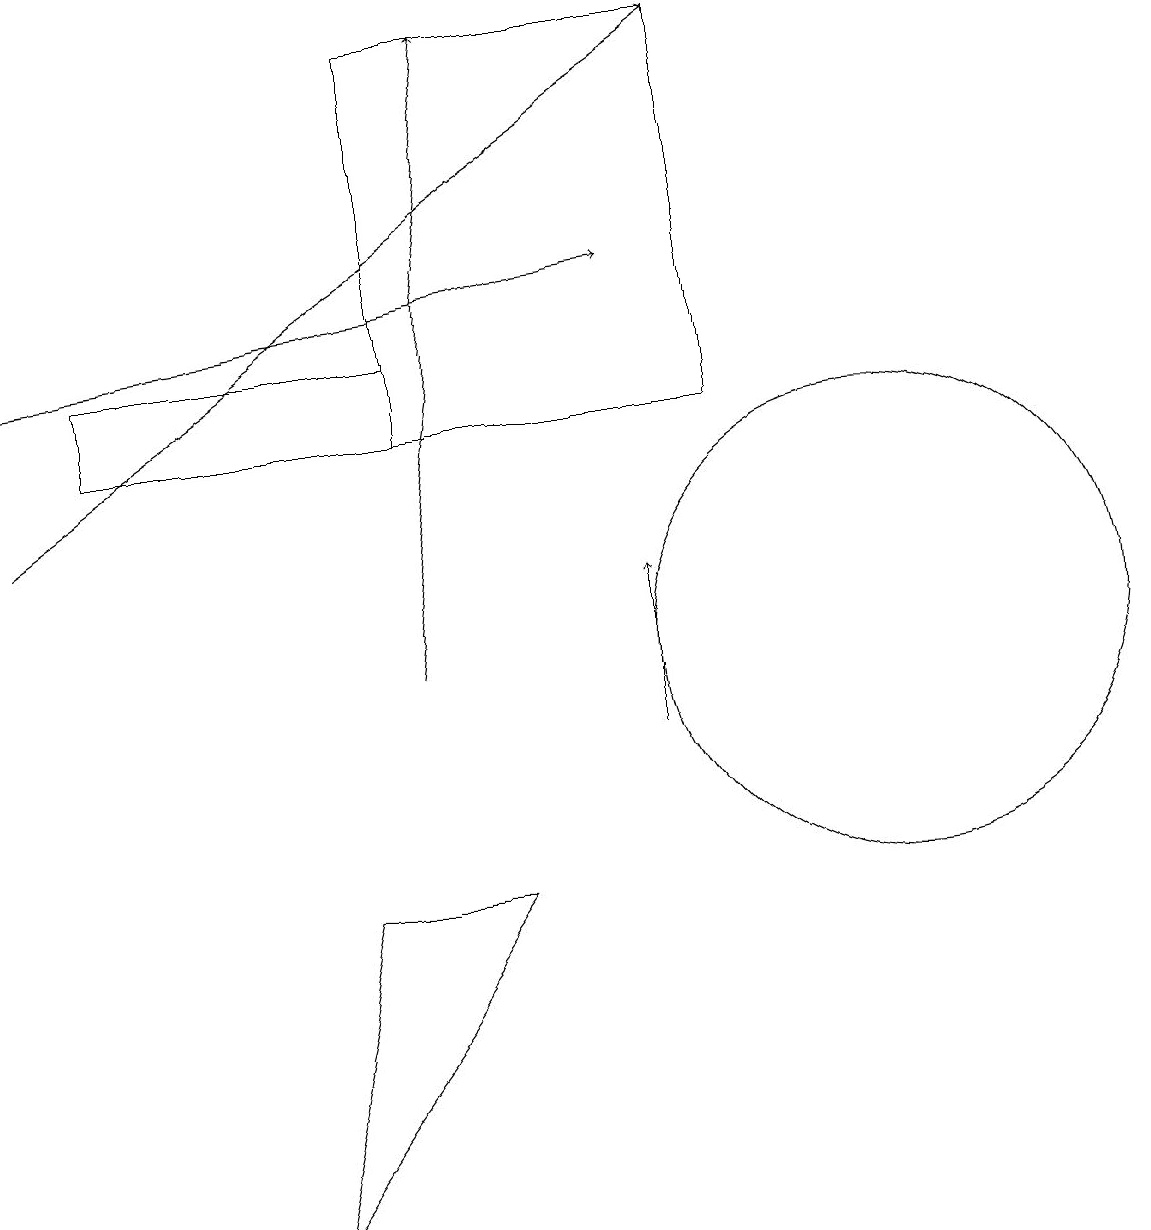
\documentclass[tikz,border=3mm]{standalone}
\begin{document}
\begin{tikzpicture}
\draw (6,8) -- (4,8) -- (3,4) -- cycle;
\draw[->] (5,11) -- (6,19);
\draw (5,15) rectangle (1,14);
\draw[->] (0,15) -- (8,16);
\draw[->] (8,10) -- (8,12);
\draw (11,11) circle (3);
\draw (5,14) rectangle (9,19);
\draw[->] (0,13) -- (9,19);
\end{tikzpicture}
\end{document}